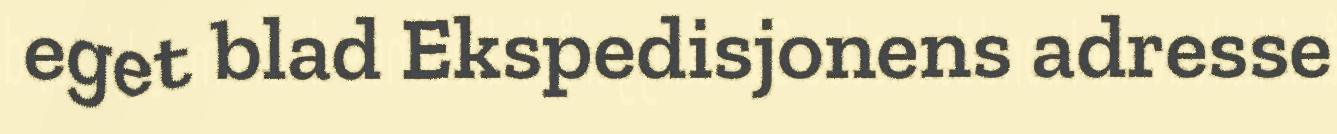
eget blad Ekspedisjonens adresse